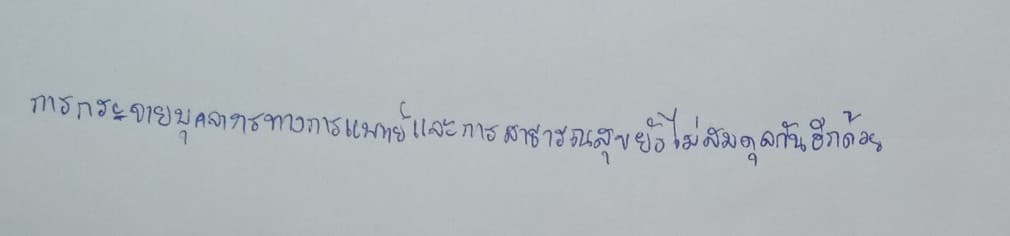
การกระจายบุคลากรทางการแพทย์และการสาธารณสุขยังไม่สมดุลกันอีกด้วย